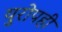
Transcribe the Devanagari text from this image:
युरोपही